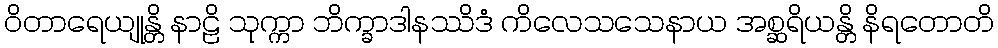
ဝိတာရေယျုန္တိ နာဠိ သုက္ကာ ဘိက္ခာဒါနဿိဒံ ကိလေသသေနာယ အစ္ဆရိယန္တိ နိရတောတိ